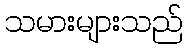
သမားများသည်